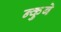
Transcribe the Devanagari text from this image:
न्कुबे